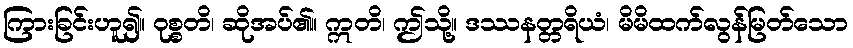
ကြားခြင်းဟူ၍။ ဝုစ္စတိ၊ ဆိုအပ်၏။ ဣတိ၊ ဤသို့။ ဒဿနတ္တရိယံ၊ မိမိထက်လွန်မြတ်သော